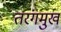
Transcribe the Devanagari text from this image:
तरंगमुख